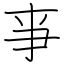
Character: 亊